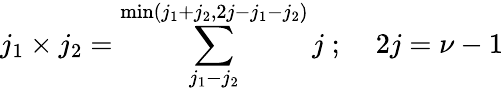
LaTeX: j_{1}\times j_{2}=\sum_{j_{1}-j_{2}}^{\operatorname*{min}(j_{1}+j_{2},2j-j_{1}-j_{2})}j\; ;\; \; \; \; 2j=\nu-1